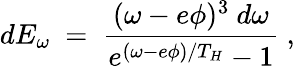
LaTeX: dE_{\omega}~=~\frac{(\omega-e\phi)^{3}~d\omega}{e^{(\omega-e\phi)/T_{H}}-1}~,